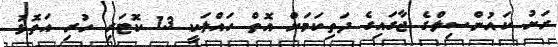
ރަށު ކައުންސިލްގެ ޖާގައިގެ ދަތިކަމަށް އޮތް ހައްލަކީ 13 ކޮޓަރި ހުރި އަތޮޅު